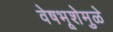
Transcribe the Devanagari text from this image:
वेषभूशेमुळे